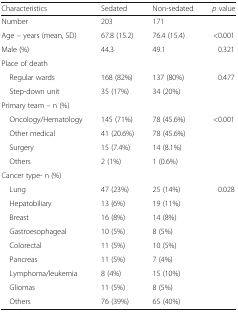
<table><thead><tr><td><b>Characteristics</b></td><td><b>Sedated</b></td><td><b>Non-sedated</b></td><td><b><i>p</i> value</b></td></tr></thead><tbody><tr><td>Number</td><td>203</td><td>171</td><td></td></tr><tr><td>Age – years (mean, SD)</td><td>67.8 (15.2)</td><td>76.4 (15.4)</td><td>&lt;0.001</td></tr><tr><td>Male (%)</td><td>44.3</td><td>49.1</td><td>0.321</td></tr><tr><td colspan="4">Place of death</td></tr><tr><td> Regular wards</td><td>168 (82%)</td><td>137 (80%)</td><td>0.477</td></tr><tr><td> Step-down unit</td><td>35 (17%)</td><td>34 (20%)</td><td></td></tr><tr><td colspan="4">Primary team – n (%)</td></tr><tr><td> Oncology/Hematology</td><td>145 (71%)</td><td>78 (45.6%)</td><td>&lt;0.001</td></tr><tr><td> Other medical</td><td>41 (20.6%)</td><td>78 (45.6%)</td><td></td></tr><tr><td> Surgery</td><td>15 (7.4%)</td><td>14 (8.1%)</td><td></td></tr><tr><td> Others</td><td>2 (1%)</td><td>1 (0.6%)</td><td></td></tr><tr><td colspan="4">Cancer type- n (%)</td></tr><tr><td> Lung</td><td>47 (23%)</td><td>25 (14%)</td><td>0.028</td></tr><tr><td> Hepatobiliary</td><td>13 (6%)</td><td>19 (11%)</td><td></td></tr><tr><td> Breast</td><td>16 (8%)</td><td>14 (8%)</td><td></td></tr><tr><td> Gastroesophageal</td><td>10 (5%)</td><td>8 (5%)</td><td></td></tr><tr><td> Colorectal</td><td>11 (5%)</td><td>10 (5%)</td><td></td></tr><tr><td> Pancreas</td><td>11 (5%)</td><td>7 (4%)</td><td></td></tr><tr><td> Lymphoma/leukemia</td><td>8 (4%)</td><td>15 (10%)</td><td></td></tr><tr><td> Gliomas</td><td>11 (5%)</td><td>8 (5%)</td><td></td></tr><tr><td> Others</td><td>76 (39%)</td><td>65 (40%)</td><td></td></tr></tbody></table>